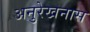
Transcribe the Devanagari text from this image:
अनुरेखनास